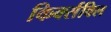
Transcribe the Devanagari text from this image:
किर्क्सविल